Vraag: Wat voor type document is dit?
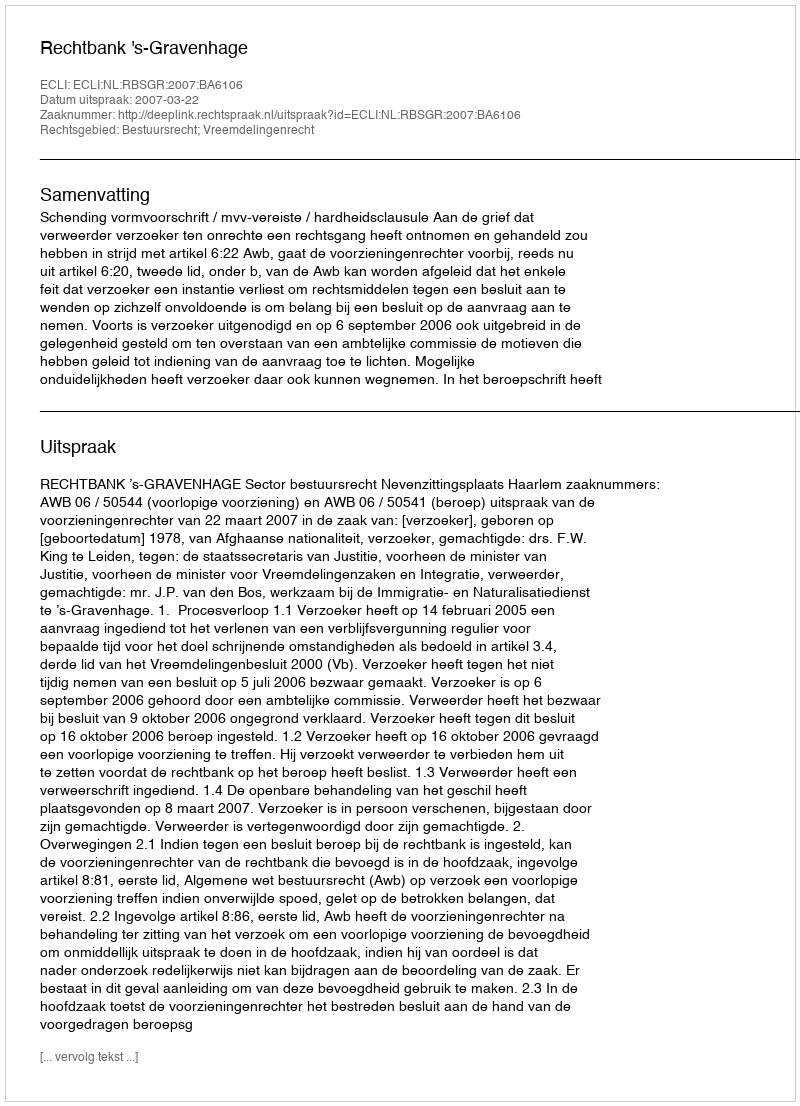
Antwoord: Uitspraak